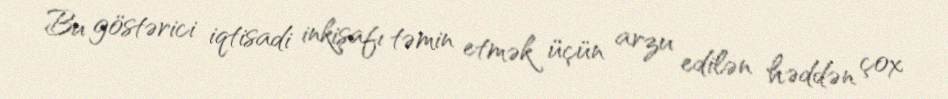
Bu göstərici iqtisadi inkişafı təmin etmək üçün arzu edilən həddən çox